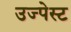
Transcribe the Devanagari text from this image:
उज्पेस्ट